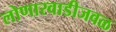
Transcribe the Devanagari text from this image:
लोणारवाडीजवळ